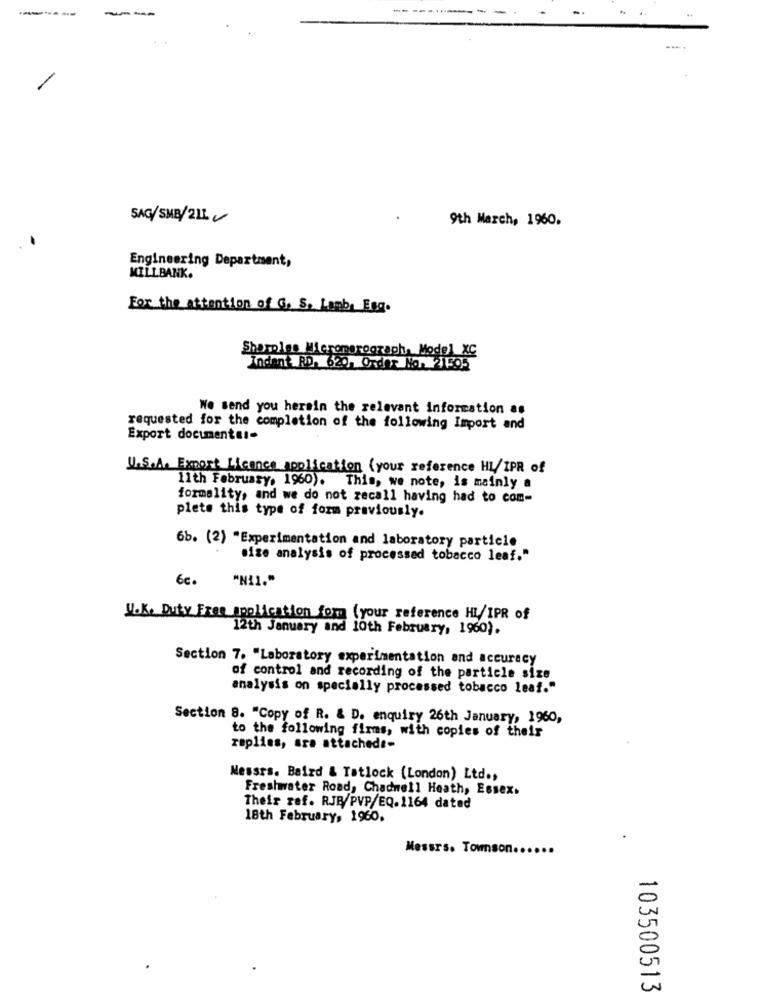
---
SAG/SMB/211
9th March, 1960.
Engineering Department,
MILLBANK.
For the attention of G. S. Lamb, Egg.
Shorples Micromerograph, Model XC
Inden't RD. 620. Order No. 1595
We send you herein the relevant information as
requested for the completion of the following Import and
Export documentar-
U.S.A. Export Licence application ( your reference HL/IPR of
11th February. 1960). This, we note, is mainly a
formality, and we do not zecall having had to com-
plete this type of form previously.
6b. (2) "Experimentation and laboratory particle
size analysis of processed tobacco leaf."
6c.
"Nil."
W.K. Duty Free application form (your reference HI/IPR of
12th January and 10th February, 1960).
Section 7. "Laboratory experimentation and accuracy
of control and recording of the particle size
analysis on specially processed tobacco leaf."
Section 8. "Copy of R. & D. enquiry 26th January, 1960,
to the following firms, with copies of their
replies, are attached :-
Messrs. Baird & Tatlock (London) Ltd .,
Freshwater Road, Chadwell Heath, Essex.
Their ref. RJB/PVP/EQ.1164 dated
18th February, 1960.
Messrs. Townson.
103500513